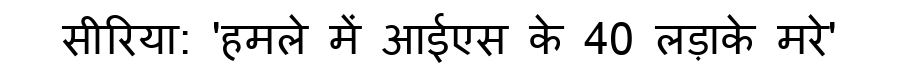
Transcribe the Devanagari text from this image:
सीरिया: 'हमले में आईएस के 40 लड़ाके मरे'